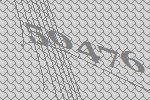
50476